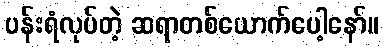
ပန်းရံလုပ်တဲ့ ဆရာတစ်ယောက်ပေါ့နော်။